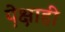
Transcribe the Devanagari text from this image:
पे़क्षाही